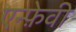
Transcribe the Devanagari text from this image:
एन्फ़ेवी